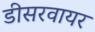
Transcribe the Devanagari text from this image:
डीसरवायर